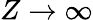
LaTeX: Z\rightarrow\infty